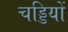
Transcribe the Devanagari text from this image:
चड्डियों